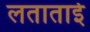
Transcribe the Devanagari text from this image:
लताताई